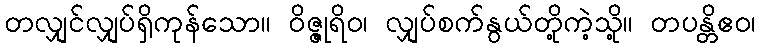
တလျှင်လျှပ်ရှိကုန်သော။ ဝိဇ္ဇုရိဝ၊ လျှပ်စက်နွယ်တို့ကဲ့သို့။ တပန္တိဧဝ၊